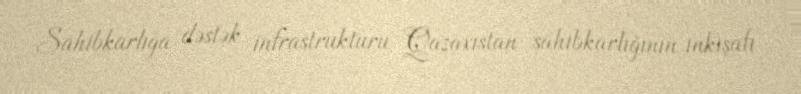
Sahibkarlığa dəstək infrastrukturu Qazaxıstan sahibkarlığının inkişafı